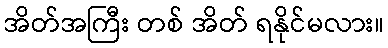
အိတ်အကြီး တစ် အိတ် ရနိုင်မလား။